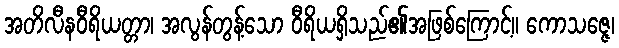
အတိလီနဝီရိယတ္တာ၊ အလွန်တွန့်သော ဝီရိယရှိသည်၏အဖြစ်ကြောင့်။ ကောသဇ္ဇေ၊